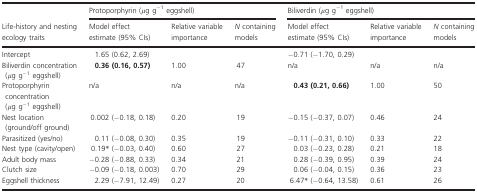
<table><thead><tr><td rowspan="2"><b>Life‐history and nesting ecology traits</b></td><td colspan="3"><b>Protoporphyrin (<i>μ</i>g g<sup>−1</sup> eggshell)</b></td><td colspan="3"><b>Biliverdin (<i>μ</i>g g<sup>−1</sup> eggshell)</b></td></tr><tr><td><b>Model effect estimate (95% CIs)</b></td><td><b>Relative variable importance</b></td><td><b><i>N</i> containing models</b></td><td><b>Model effect estimate (95% CIs)</b></td><td><b>Relative variable importance</b></td><td><b><i>N</i> containing models</b></td></tr></thead><tbody><tr><td>Intercept</td><td>1.65 (0.62, 2.69)</td><td></td><td></td><td>−0.71 (−1.70, 0.29)</td><td></td><td></td></tr><tr><td>Biliverdin concentration (<i>μ</i>g g<sup>−1</sup> eggshell)</td><td><b>0.36 (0.16, 0.57)</b></td><td>1.00</td><td>47</td><td>n/a</td><td>n/a</td><td>n/a</td></tr><tr><td>Protoporphyrin concentration (<i>μ</i>g g<sup>−1</sup> eggshell)</td><td>n/a</td><td>n/a</td><td>n/a</td><td><b>0.43 (0.21, 0.66)</b></td><td>1.00</td><td>50</td></tr><tr><td>Nest location (ground/off ground)</td><td>0.002 (−0.18, 0.18)</td><td>0.20</td><td>19</td><td>−0.15 (−0.37, 0.07)</td><td>0.46</td><td>24</td></tr><tr><td>Parasitized (yes/no)</td><td>0.11 (−0.08, 0.30)</td><td>0.35</td><td>19</td><td>−0.11 (−0.31, 0.10)</td><td>0.33</td><td>22</td></tr><tr><td>Nest type (cavity/open)</td><td>0.19* (−0.03, 0.40)</td><td>0.60</td><td>27</td><td>0.03 (−0.23, 0.28)</td><td>0.21</td><td>18</td></tr><tr><td>Adult body mass</td><td>−0.28 (−0.88, 0.33)</td><td>0.34</td><td>21</td><td>0.28 (−0.39, 0.95)</td><td>0.39</td><td>24</td></tr><tr><td>Clutch size</td><td>−0.09 (−0.18, 0.003)</td><td>0.70</td><td>29</td><td>0.06 (−0.04, 0.15)</td><td>0.36</td><td>23</td></tr><tr><td>Eggshell thickness</td><td>2.29 (−7.91, 12.49)</td><td>0.27</td><td>20</td><td>6.47* (−0.64, 13.58)</td><td>0.61</td><td>26</td></tr></tbody></table>